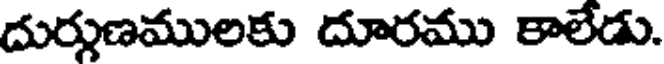
దుర్గుణములకు దూరము కాలేడు.